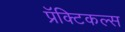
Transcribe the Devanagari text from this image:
प्रॅक्टिकल्स